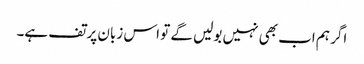
اگر ہم اب بھی نہیں بولیں گے تو اس زبان پر تف ہے۔